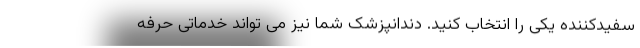
سفیدکننده یکی را انتخاب کنید. دندانپزشک شما نیز می تواند خدماتی حرفه